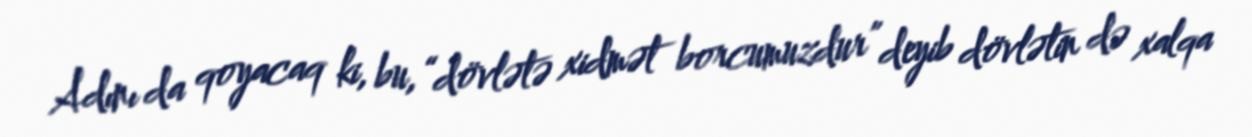
Adını da qoyacaq ki, bu, “dövlətə xidmət borcumuzdur” deyib dövlətin də xalqa